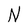
Character: N